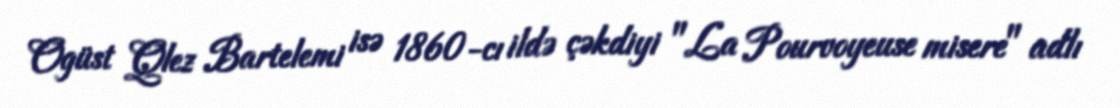
Ogüst Qlez Bartelemi isə 1860-cı ildə çəkdiyi "La Pourvoyeuse misere" adlı